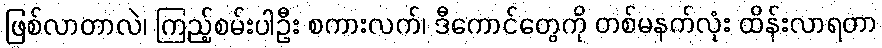
ဖြစ်လာတာလဲ၊ ကြည့်စမ်းပါဦး စကားလက်၊ ဒီကောင်တွေကို တစ်မနက်လုံး ထိန်းလာရတာ